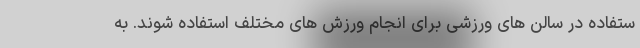
ستفاده در سالن های ورزشی برای انجام ورزش های مختلف استفاده شوند. به